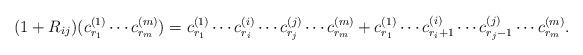
LaTeX: \begin{align*}(1+R_{ij})(c_{r_1}^{(1)} \cdots c_{r_m}^{(m)}) = c_{r_1}^{(1)}\cdots c_{r_i}^{(i)}\cdots c_{r_j}^{(j)} \cdots c_{r_m}^{(m)}+c_{r_1}^{(1)}\cdots c_{r_i+1}^{(i)}\cdots c_{r_j-1}^{(j)} \cdots c_{r_m}^{(m)}.\end{align*}